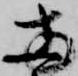
両